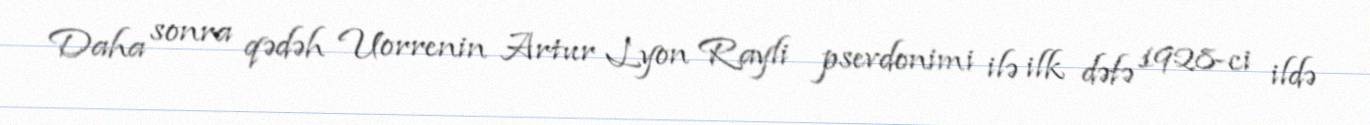
Daha sonra qədəh Uorrenin Artur Lyon Rayli psevdonimi ilə ilk dəfə 1928-ci ildə